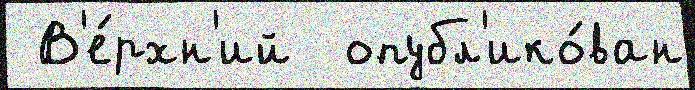
 В'е́рхн'ий  опубл'ико́ван